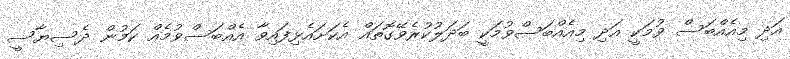
އަދި މިއެއްބަސް ވުމަކީ އަދި މިއެއްބަސްވުމަކީ ބަދަލުކުރެވޭގޮތައް އެކަށައެޅިފައިވާ އެއްބަސްވުމެއް ކަމުން ދެސިޔާސީ